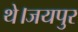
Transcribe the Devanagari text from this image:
थे।जयपुर